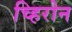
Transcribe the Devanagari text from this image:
च्हिरोन